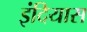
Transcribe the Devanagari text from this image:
इंदियास